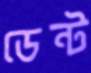
ডেন্ট